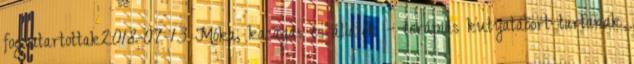
fogvatartottak2018-07-13 Móka, kacagás és állatok – terápiás kutyatábort tartanak